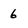
Character: 6